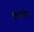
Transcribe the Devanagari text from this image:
पिनोचेचे